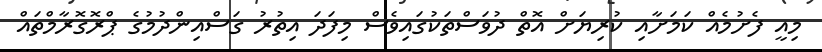
މިއީ ފެށުމެއް ކަމަށާއި ކުރިޔަށް އޮތް ދުވަސްތަކުގައިވެސް މިފަދަ އިތުރު ގަސްއިންދުމުގެ ޕްރޮގޮރާމްތައް